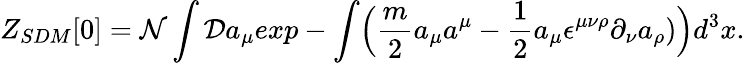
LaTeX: Z_{SDM}[0]={\cal N}\int{\cal D}a_{\mu}exp-\int\Bigl({\frac{m}{2}}a_{\mu}a^{\mu}-{\frac{1}{2}}a_{\mu}\epsilon^{\mu\nu\rho}\partial_{\nu}a_{\rho})\Bigr)d^{3}x.